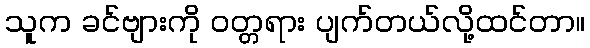
သူက ခင်ဗျားကို ဝတ္တရား ပျက်တယ်လို့ထင်တာ။